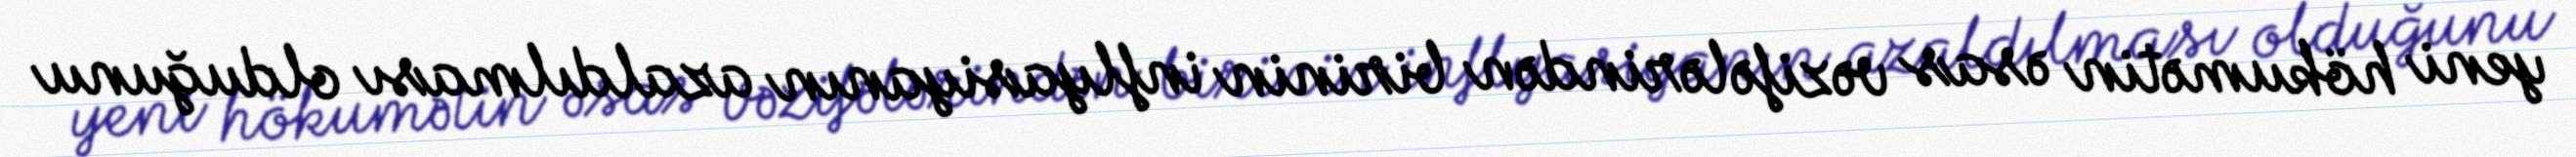
yeni hökumətin əsas vəzifələrindən birinin inflyasiyanın azaldılması olduğunu